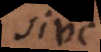
sive